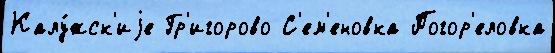
Калу́жск'иjе Гр'игорово С'ем'еновка Погор'еловка